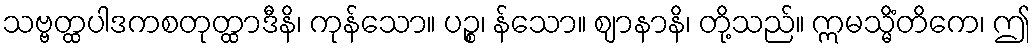
သဗ္ဗတ္ထပါဒကစတုတ္ထာဒီနိ၊ ကုန်သော။ ပဉ္စ၊ န်သော။ ဈာနာနိ၊ တို့သည်။ ဣမသ္မိံတိကေ၊ ဤ